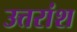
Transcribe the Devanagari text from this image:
उत्तरांश